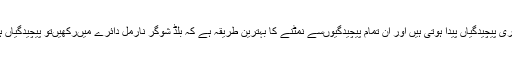
اس ایک بیماری سے بہت ساری پیچیدگیاں پیدا ہوتی ہیں اور ان تمام پیچیدگیوں‌سے نمٹنے کا بہترین طریقہ ہے کہ بلڈ شوگر نارمل دائرے میں‌رکھیں‌تو پیچیدگیاں ہونے کا خطرہ کم ہوجائے گا۔